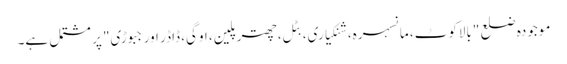
موجودہ ضلع "بالاکوٹ، مانسہرہ، شنکیاری، بٹل، چھترپلین، اوگی، ڈاڈر اور جبوڑی" پر مشتمل ہے۔